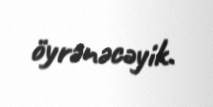
öyrənəcəyik.